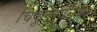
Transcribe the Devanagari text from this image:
चिकूनगुनिया